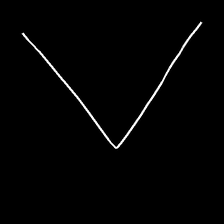
Glyph: region